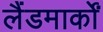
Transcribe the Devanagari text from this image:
लैंडमार्कों